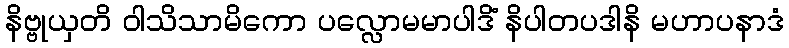
နိဗ္ဗုယှတိ ဝါသိသာမိကော ပလ္လောမမာပါဒိံ နိပါတပဒါနိ မဟာပနာဒံ